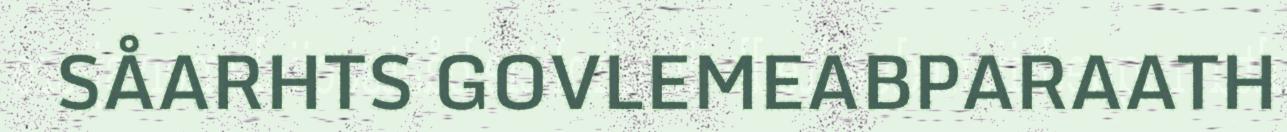
SÅARHTS GOVLEMEABPARAATH